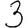
Digit: 3